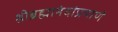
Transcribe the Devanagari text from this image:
श्रीब्रह्मानंदांप्रमाणे